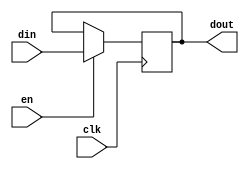
module register_6 #(parameter WIDTH=32) (
    input clk,
    input en,
    input [WIDTH-1:0] din,
    output [WIDTH-1:0] dout
    );
reg [WIDTH-1:0] data;
initial data = 0;
always @ (posedge clk)
    if (en)
        data <= din;
assign dout = data;
endmodule